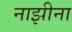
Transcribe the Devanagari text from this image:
नाझीना